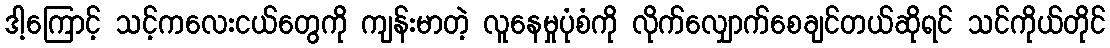
ဒါ့ကြောင့် သင့်ကလေးငယ်တွေကို ကျန်းမာတဲ့ လူနေမှုပုံစံကို လိုက်လျှောက်စေချင်တယ်ဆိုရင် သင်ကိုယ်တိုင်